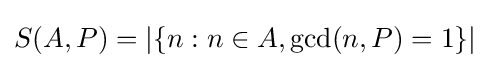
S(A,P)=|\{n:n\in A,\gcd(n,P)=1\}|